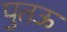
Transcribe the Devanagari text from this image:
पुतऊ